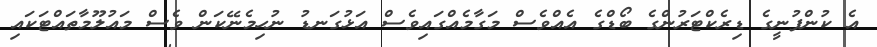
އެ ކުންފުނީގެ ޑިރެކްޓަރުންގެ ބޯޑްގެ އެއްވެސް މަގާމެއްގައިވެސް އަޅުގަނޑު ނުހިމެނޭކަން ވެސް މައުލޫމާތައްޓަކައި